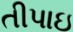
તીપાઇ